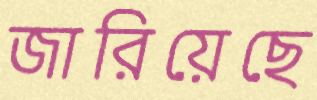
জারিয়েছে